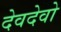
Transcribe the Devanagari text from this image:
देवदेवो